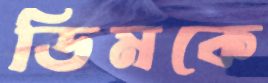
ডিমকে